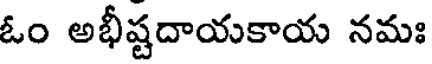
ఓం అభీష్టదాయకాయ నమః